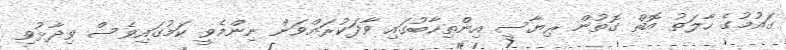
ގައުމުގެ ހާލަތު އޮތް ގޮތުން ރިޔާސީ އިންތިހާބުގައި ވާދަކުރައްވަން ނިންމެވީ ކަމުގައިވެސް ވިދާޅުވި